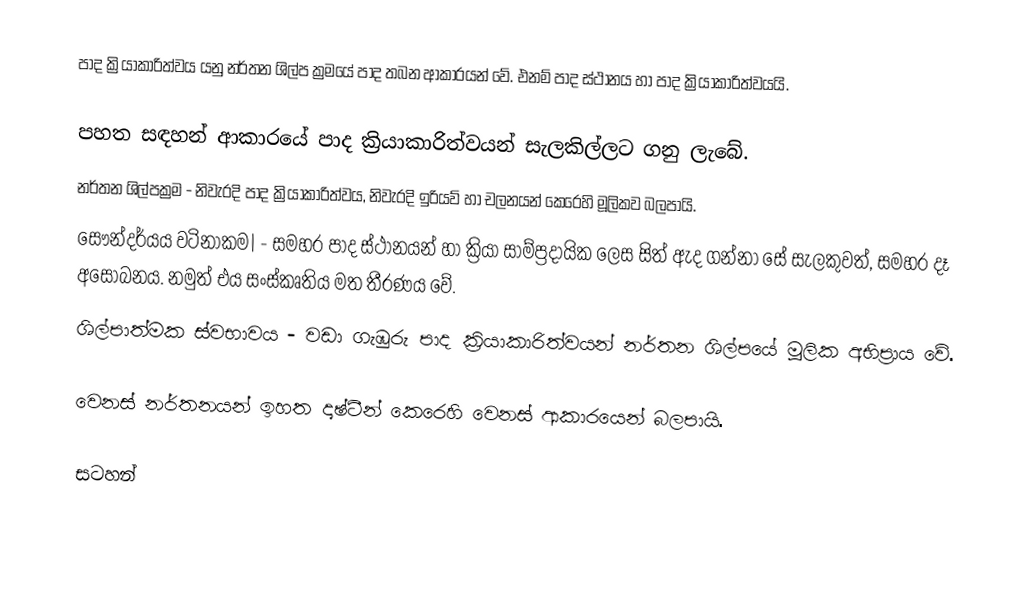
පාද ක්‍රියාකාරිත්වය යනු නර්තන ශිල්ප ක්‍රම‍යේ පාද තබන ආකාරයන් වේ. එනම් පාද ස්ථානය හා පාද ක්‍රියාකාරිත්වයයි.

පහත සඳහන් ආකාරයේ පාද ක්‍රියාකාරිත්වයන් සැලකිල්ලට ගනු ලැබේ.
 නර්තන ශිල්පක්‍රම - නිවැරදි පාද ක්‍රියාකාරිත්වය, නිවැරදි ඉරියව් හා චලනයන් කෙරෙහි මූලිකව බලපායි.
සෞන්දර්යය වටිනාකම| - සමහර පාද ස්ථානයන් හා ක්‍රියා සාම්ප්‍රදායික ලෙස සිත් ඇද ගන්නා සේ සැලකුවත්, සමහර දෑ අසෝබනය. නමුත් එය සංස්කෘතිය මත තීරණය වේ.
ශිල්පාත්මක ස්වභාවය - වඩා ගැඹුරු පාද ක්‍රියාකාරිත්වයන් නර්තන ශිල්පයේ මූලික අභිප්‍රාය වේ.

වෙනස් නර්තනයන් ඉහත දෘෂ්ටීන් කෙරෙහි වෙනස් ආකාරයෙන් බලපායි.

සටහන්